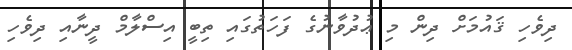
ދިވެހި ޤައުމަށް ދިން މި ޢުދުވާނުގެ ފަހަތުގައި ތިބީ އިސްލާމް ދީނާއި ދިވެހި